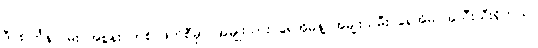
ဒီ စင်္ကြန်လမ်း အစွန်း တစ် ဖက်စီမှာ အမျိုးသား ရေအိမ်နဲ့ အမျိုးသမီး ရေအိမ် အသီးသီးရှိတယ်။